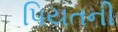
પિયતની